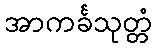
အာကင်္ခသုတ္တံ